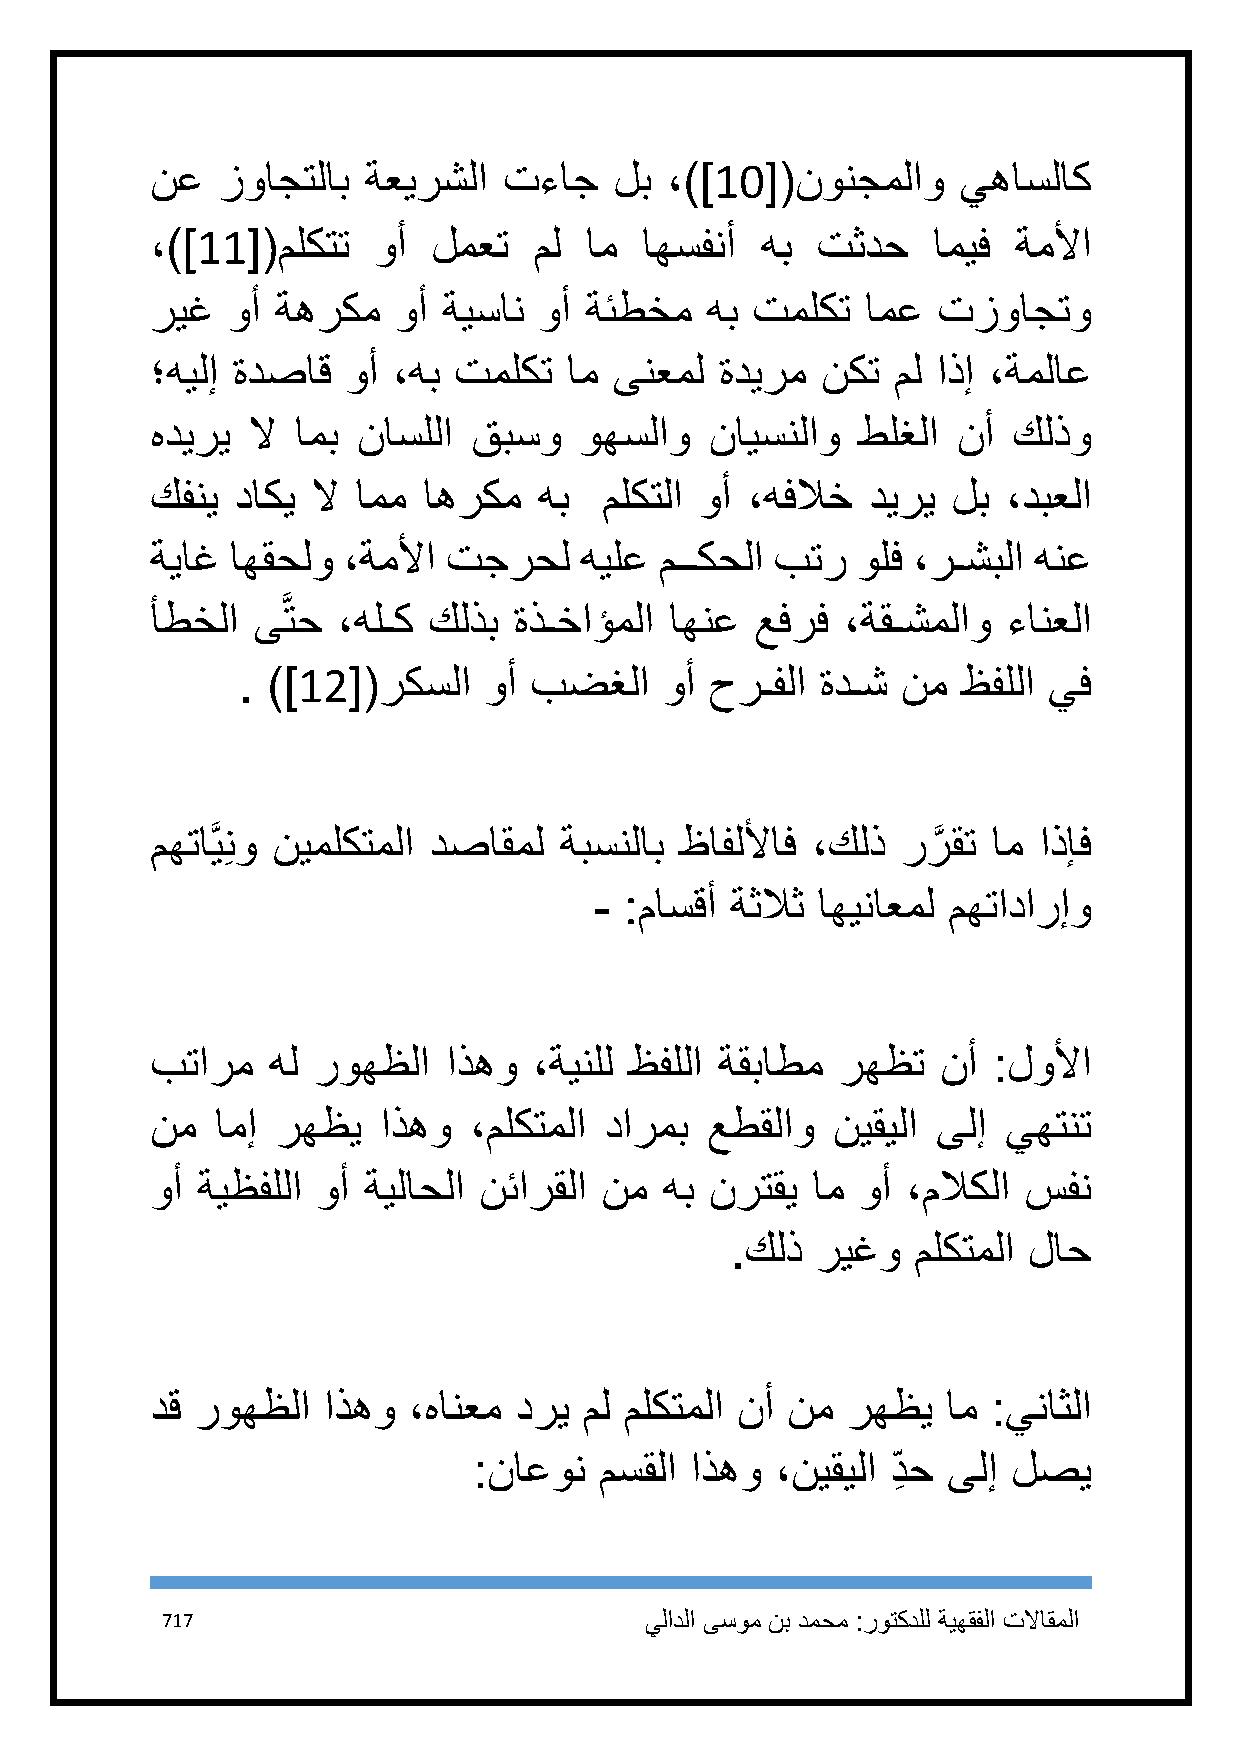
نع  زواجتلاب  ةعيرشلا  تءاج    لب ،)]11[(نونجملاو     يهاسلاك
 ،)]11[(ملكتت   وأ  لمعت  مل  ام اهسفنأ  هب  تثدح    اميف ةملأا
 ريغ  وأ ةهركم   وأ ةيسان  وأ ةئطخم   هب تملكت  امع  تزواجتو
 ؛هيلإ ةدصاق  وأ ،هب تملكت   ام ىنعمل  ةديرم نكت  مل اذإ ،ةملاع
 هديري لا  امب ناسللا قبسو   وهسلاو   نايسنلاو  طلغلا نأ  كلذو
 كفني  داكي لا امم اهركم   هب  ملكتلا وأ ،هفلاخ  ديري لب  ،دبعلا
 ةياغ اهقحلو  ،ةملأا تجرحل   هيلع  مــكحلا بتر  ولف ،رـشبلا هنع
 أطخلا  ىَّتح ،هلـك كلذب ةذـخاؤملا اهنع  عفرف  ،ةقـشملاو  ءانعلا
 . )]12[(ركسلا   وأ بضغلا    وأ حرـفلا ةدـش  نم  ظفللا يف
 مهتاَّيِنو نيملكتملا دصاقمل ةبسنلاب ظافللأاف ،كلذ ررَّ قت ام اذإف
 - :ماسقأ ةثلاث اهيناعمل مهتادارإو
 بتارم   هل روهظلا   اذهو ،ةينلل ظفللا ةقباطم رهظت   نأ  :لولأا
 نم  امإ رهظي   اذهو  ،ملكتملا دارمب  عطقلاو  نيقيلا ىلإ  يهتنت
 وأ ةيظفللا وأ ةيلاحلا نئارقلا نم  هب نرتقي  ام وأ ،ملاكلا سفن
 .كلذ  ريغو   ملكتملا لاح
 دق روهظلا  اذهو  ،هانعم دري  مل ملكتملا نأ نم رهظي   ام :يناثلا
 :ناعون   مسقلا اذهو ،نيقيلا د ِ ح ىلإ لصي
 717                             يلادلا ىسوم نب دمحم :روتكدلل ةيهقفلا تلااقملا